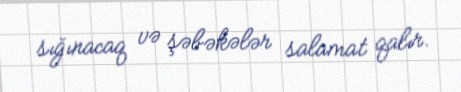
sığınacaq və şəbəkələr salamat qalır.